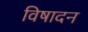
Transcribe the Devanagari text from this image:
विषादन